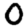
Digit: 0